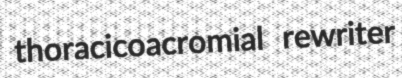
thoracicoacromial rewriter